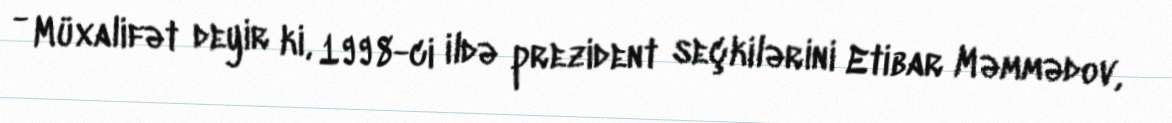
- Müxalifət deyir ki, 1998-ci ildə prezident seçkilərini Etibar Məmmədov,